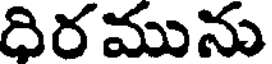
దిరమును